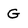
Character: G